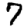
Digit: 7